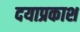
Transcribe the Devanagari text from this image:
दयाप्रकाश